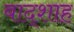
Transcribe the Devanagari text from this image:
बाद्शाह